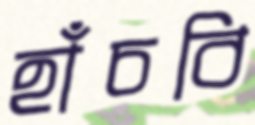
হাঁচবি